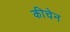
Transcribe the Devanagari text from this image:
कीचेन